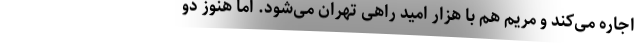
اجاره می‌کند و مریم هم با هزار امید راهی تهران می‌شود. اما هنوز دو